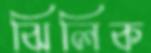
ঝিলিক